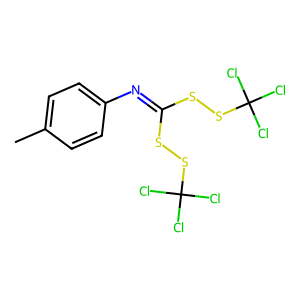
SMILES: Cc1ccc(N=C(SSC(Cl)(Cl)Cl)SSC(Cl)(Cl)Cl)cc1
Inhibits HIV replication: No